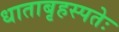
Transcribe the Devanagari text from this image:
धाताबृहस्पतेः